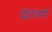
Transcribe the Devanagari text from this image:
सेंटबर्ग